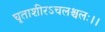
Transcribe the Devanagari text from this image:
घृताशीरऽचलश्चलः।।